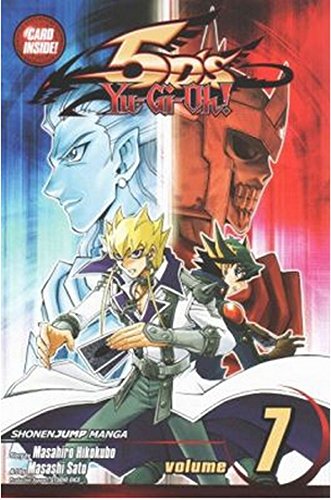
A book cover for Yu-Gi-Oh! 5D's, Vol. 7; Masahiro Hikokubo; Sports & Outdoors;